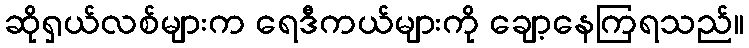
ဆိုရှယ်လစ်များက ရေဒီကယ်များကို ချော့နေကြရသည်။